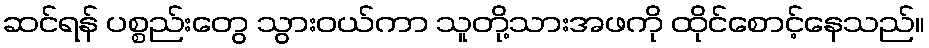
ဆင်ရန် ပစ္စည်းတွေ သွားဝယ်ကာ သူတို့သားအဖကို ထိုင်စောင့်နေသည်။